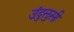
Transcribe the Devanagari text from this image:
उंदुलुसी